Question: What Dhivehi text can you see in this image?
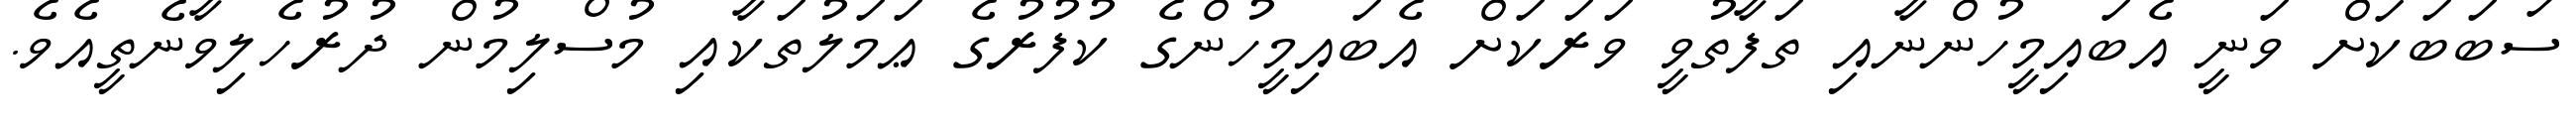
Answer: ސަބަބަކަށް ވަނީ އެބައިމީހުންނާއި ތަފާތުވީ ވަރަކަށް އެބައިމީހުންގެ ކުފުރުގެ ޢަމަލުތަކާއި މުސްލިމުން ދުރުހެލިވާނެތީއެވެ.